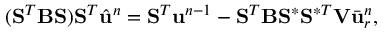
( \mathbf { S } ^ { T } \mathbf { B } \mathbf { S } ) \mathbf { S } ^ { T } \hat { \ensuremath { \mathbf { u } } } ^ { n } = \mathbf { S } ^ { T } \ensuremath { \mathbf { u } } ^ { n - 1 } - \mathbf { S } ^ { T } \mathbf { B } \mathbf { S } ^ { \ast } \mathbf { S } ^ { \ast T } \mathbf { V } \bar { \ensuremath { \mathbf { u } } } _ { r } ^ { n } ,